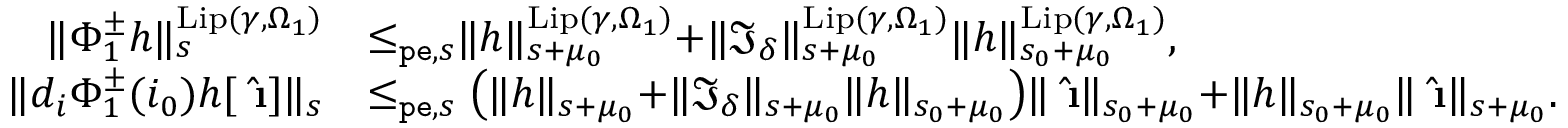
\begin{array} { r l } { \rVert \Phi _ { 1 } ^ { \pm } h \rVert _ { s } ^ { \mathrm { L i p } ( \gamma , \Omega _ { 1 } ) } } & { \le _ { \mathtt { p e } , s } \rVert h \rVert _ { s + \mu _ { 0 } } ^ { \mathrm { L i p } ( \gamma , \Omega _ { 1 } ) } + \rVert \mathfrak { I } _ { \delta } \rVert _ { s + \mu _ { 0 } } ^ { \mathrm { L i p } ( \gamma , \Omega _ { 1 } ) } \rVert h \rVert _ { s _ { 0 } + \mu _ { 0 } } ^ { \mathrm { L i p } ( \gamma , \Omega _ { 1 } ) } , } \\ { \rVert d _ { i } \Phi _ { 1 } ^ { \pm } ( i _ { 0 } ) h [ \hat { \textbf { \i } } ] \rVert _ { s } } & { \le _ { \mathtt { p e } , s } \left( \rVert h \rVert _ { s + \mu _ { 0 } } + \rVert \mathfrak { I } _ { \delta } \rVert _ { s + \mu _ { 0 } } \rVert h \rVert _ { s _ { 0 } + \mu _ { 0 } } \right) \rVert \hat { \textbf { \i } } \rVert _ { s _ { 0 } + \mu _ { 0 } } + \rVert h \rVert _ { s _ { 0 } + \mu _ { 0 } } \rVert \hat { \textbf { \i } } \rVert _ { s + \mu _ { 0 } } . } \end{array}